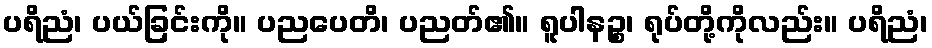
ပရိညံ၊ ပယ်ခြင်းကို။ ပညပေတိ၊ ပညတ်၏။ ရူပါနဉ္စ၊ ရုပ်တို့ကိုလည်း။ ပရိညံ၊